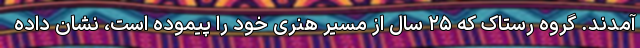
آمدند. گروه رستاک که ۲۵ سال از مسیر هنری خود را پیموده است، نشان داده